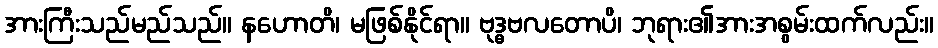
အားကြီးသည်မည်သည်။ နဟောတိ၊ မဖြစ်နိုင်ရာ။ ဗုဒ္ဓဗလတောပိ၊ ဘုရား၏အားအစွမ်းထက်လည်း။